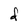
Character: d